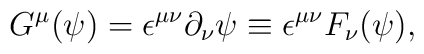
G^{\mu}(\psi)={\epsilon}^{{\mu}{\nu}}{\partial}_{\nu}{\psi}\equiv {\epsilon}^{{\mu}{\nu}}F_{\nu}(\psi),